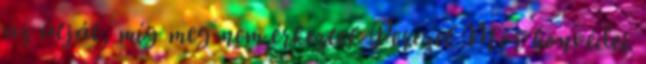
az útját, míg meg nem érkeztek Perczel Mór honvédei.